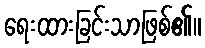
ရေးထားခြင်းသာဖြစ်၏။